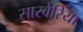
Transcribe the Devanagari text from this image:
सारबेरिया